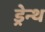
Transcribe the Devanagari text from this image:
ड्रेन्थ